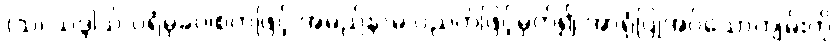
(သ၊ သဒ္ဒါသ် ပရံမုခဝါစကဖြင့် အမည်နာမ ပညတ်ဖြင့်မှတ်၍ အာရုံပြုအပ်သောကျမ်းကို